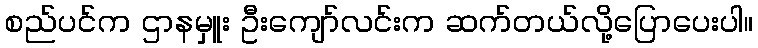
စည်ပင်က ဌာနမှူး ဦးကျော်လင်းက ဆက်တယ်လို့ပြောပေးပါ။